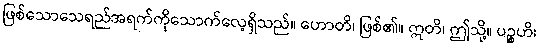
ဖြစ်သောသေရည်အရက်ကိုသောက်လေ့ရှိသည်။ ဟောတိ၊ ဖြစ်၏။ ဣတိ၊ ဤသို့။ ပဉ္စဟိ၊